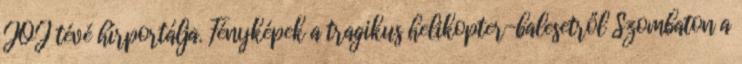
JOJ tévé hírportálja. Fényképek a tragikus helikopter-balesetről Szombaton a